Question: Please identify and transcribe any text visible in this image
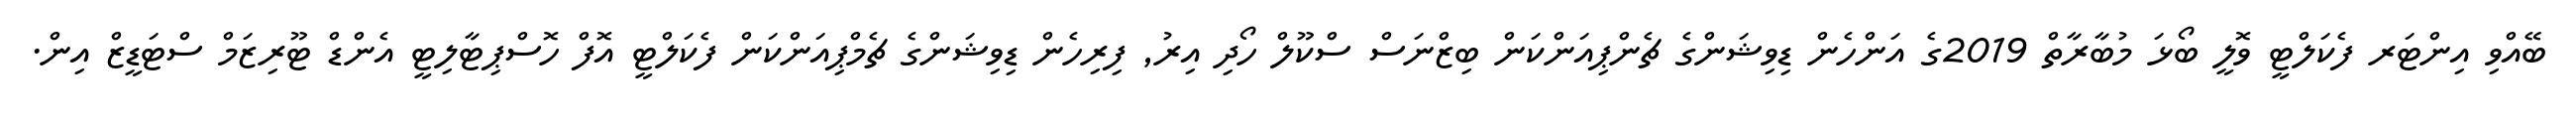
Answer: ބޭއްވި އިންޓަރ ފެކަލްޓީ ވޮލީ ބޯޅަ މުބާރާތް 2019ގެ އަންހެން ޑިވިޝަންގެ ޗެންޕިއަންކަން ބިޒްނަސް ސްކޫލް ހޯދި އިރު, ފިރިހެން ޑިވިޝަންގެ ޗެމްޕިއަންކަން ފެކަލްޓީ އޮފް ހޮސްޕިޓާލިޓީ އެންޑް ޓޫރިޒަމް ސްޓަޑީޒް އިން.